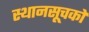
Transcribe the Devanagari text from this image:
स्थानसूचकों